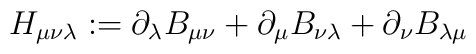
H_{\mu\nu\lambda} := \partial_\lambda B_{\mu\nu} + \partial_\mu B_{\nu\lambda}+ \partial_\nu B_{\lambda\mu}